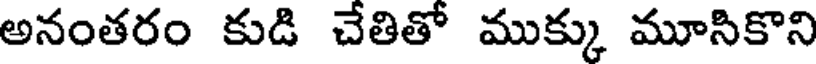
అనంతరం కుడి చేతితో ముక్కు మూసికొని